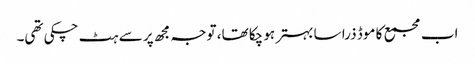
اب مجمع کا موڈ ذرا سا بہتر ہو چکا تھا، توجہ مجھ پر سے ہٹ چکی تھی۔